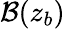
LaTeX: \mathcal{B}(z_{b})